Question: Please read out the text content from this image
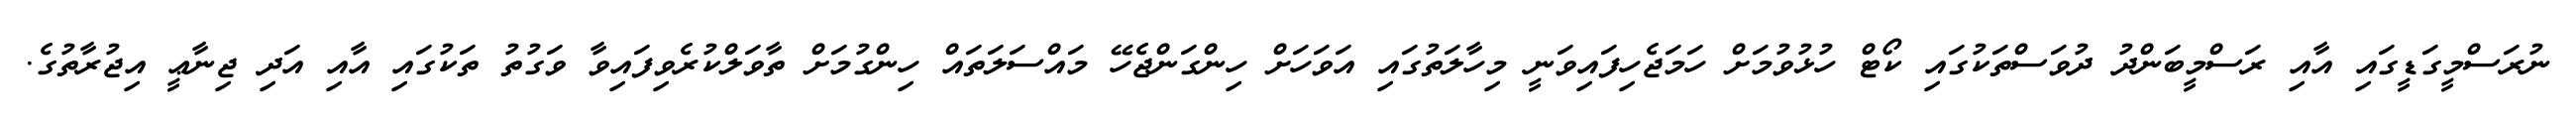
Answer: ނުރަސްމީގަޑީގައި އާއި ރަސްމީބަންދު ދުވަސްތަކުގައި ކޯޓް ހުޅުވުމަށް ހަމަޖެހިފައިވަނީ މިހާލަތުގައި އަވަހަށް ހިންގަންޖެހޭ މައްސަލަތައް ހިންގުމަށް ތާވަލްކުރެވިފައިވާ ވަގުތު ތަކުގައި އާއި އަދި ޖިނާޢީ އިޖުރާތުގެ.